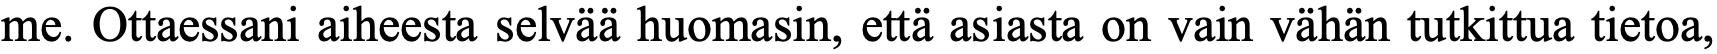
me. Ottaessani aiheesta selvää huomasin, että asiasta on vain vähän tutkittua tietoa,